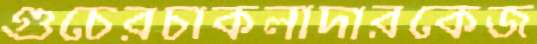
গুচেরচাকলাদারকেজ